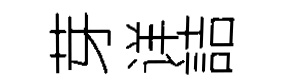
芽详詰